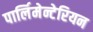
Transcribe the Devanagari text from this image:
पार्लिमेन्टेरियन